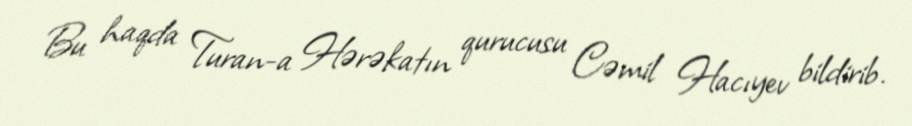
Bu haqda Turan-a Hərəkatın qurucusu Cəmil Hacıyev bildirib.